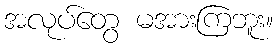
အလုပ်တွေ မအားကြဘူး။